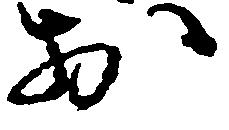
於